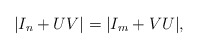
\begin{align*}|I_{n}+UV|=|I_{m}+VU|,\end{align*}